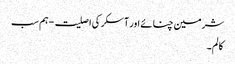
شرمین چنائے اور آسکر کی اصلیت - ہم سب
کالم۔